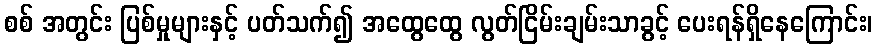
စစ် အတွင်း ပြစ်မှုများနှင့် ပတ်သက်၍ အထွေထွေ လွတ်ငြိမ်းချမ်းသာခွင့် ပေးရန်ရှိနေကြောင်း၊